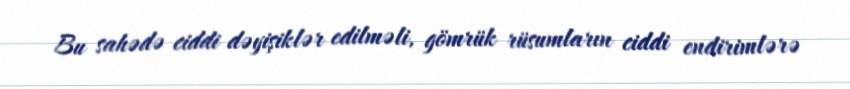
Bu sahədə ciddi dəyişiklər edilməli, gömrük rüsumların ciddi endirimlərə